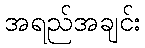
အရည်အချင်း